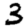
Digit: 3